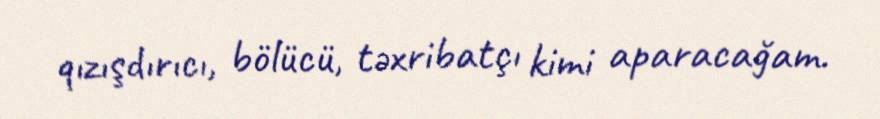
qızışdırıcı, bölücü, təxribatçı kimi aparacağam.